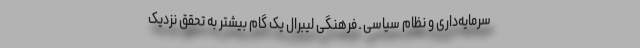
سرمایه‌داری و نظام سیاسی ـ فرهنگی لیبرال یک گام بیشتر به تحقق نزدیک